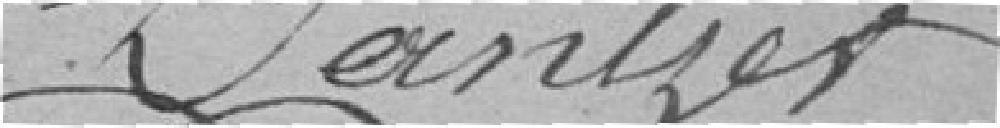
Gantzer